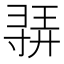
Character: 𫴳